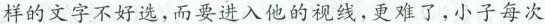
样的文字不好选，而要进入他的视线，更难了，小子每次